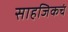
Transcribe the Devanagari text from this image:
साहजिकचं